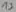
Text: 13